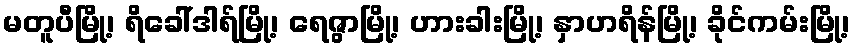
မတူပီမြို့၊ ရိခေါ်ဒါရ်မြို့၊ ရေဇွာမြို့၊ ဟားခါးမြို့၊ နှာဟရိန်မြို့၊ ခိုင်ကမ်းမြို့၊